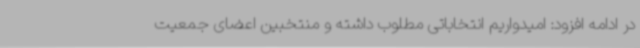
در ادامه افزود: امیدواریم انتخاباتی مطلوب داشته و منتخبین اعضای جمعیت